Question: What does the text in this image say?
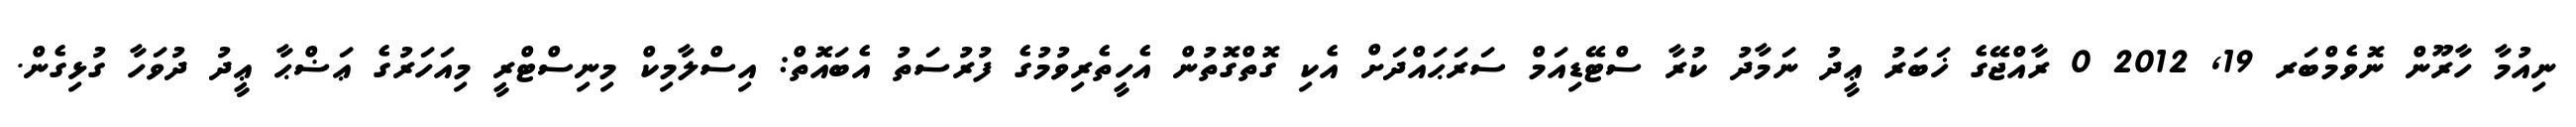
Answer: ނިއުމާ ހާރޫން ނޮވެމްބަރ 19, 2012 0 ރާއްޖޭގެ ޚަބަރު ޢީދު ނަމާދު ކުރާ ސްޓޭޑިއަމް ސަރަޙައްދަށް އެކި ގޮތްގޮތުން އެހީތެރިވުމުގެ ފުރުސަތު އެބައޮތް: އިސްލާމިކް މިނިސްޓްރީ މިއަހަރުގެ ޢަޟްޙާ ޢީދު ދުވަހާ ގުޅިގެން.